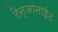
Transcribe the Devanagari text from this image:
टैन्जानाईट